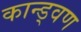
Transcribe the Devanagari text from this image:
कान्ड्वण